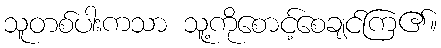
သူတစ်ပါးကသာ သူ့ကိုစောင့်စေချင်ကြ၏။